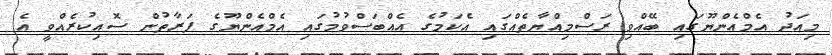
މިއަދު އެމްއެންޔޫގައި ބޭއްވި ރަސްމިއްޔާތެއްގައި އެކަމުގެ އެއްބަސްވުމުގައި އެމްއެންޔޫގެ ފަރާތުން ސޮއިކުރެއްވީ އެ